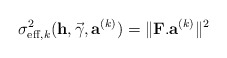
\begin{align*}\sigma^2_{\mathrm{eff},k}(\mathbf{h},\vec{\gamma},\mathbf{a}^{(k)})=\|\mathbf{F}.\mathbf{a}^{(k)}\|^2\end{align*}